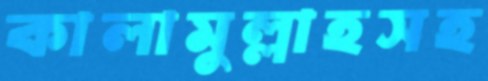
কালামুল্লাহসহ